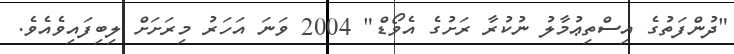
"ދުންފަތުގެ އިސްތިޢުމާލު ނުކުރާ ރަށުގެ އެވޯޑް" 2004 ވަނަ އަހަރު މިރަށަށް ލިބިފައިވެއެވެ.